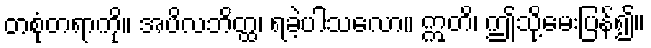
တစုံတရာကို။ အပိလဘိတ္ထ၊ ရခဲ့ပါသလော။ ဣတိ၊ ဤသို့မေးပြန်၍။